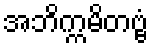
အဘိက္ကမိတဗ္ဗံ